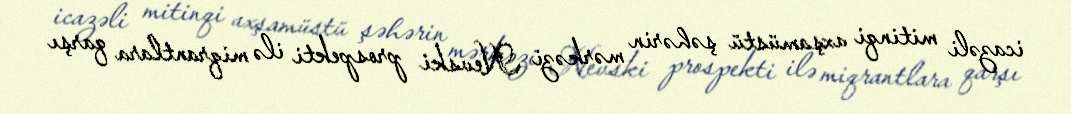
icazəli mitinqi axşamüstü şəhərin mərkəzi Nevski prospekti ilə miqrantlara qarşı